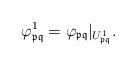
LaTeX: \begin{align*}\varphi^1_{\frak p\frak q} = \varphi_{\frak p\frak q}\vert_{U_{\frak p\frak q}^1}.\end{align*}